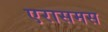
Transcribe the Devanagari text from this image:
एरासमस